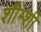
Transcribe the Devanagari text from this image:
शीम्शी